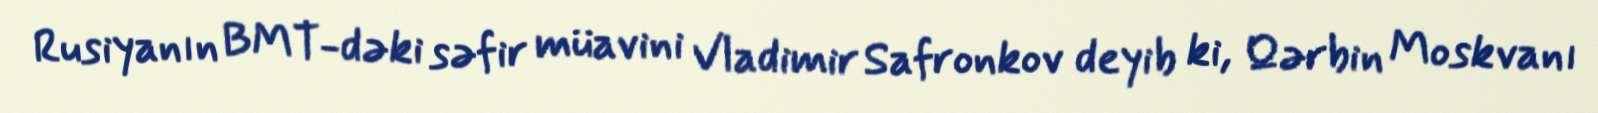
Rusiyanın BMT-dəki səfir müavini Vladimir Safronkov deyib ki, Qərbin Moskvanı